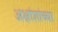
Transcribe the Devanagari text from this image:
अक्षांशांच्या